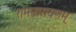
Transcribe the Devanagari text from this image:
रामनारायणम्